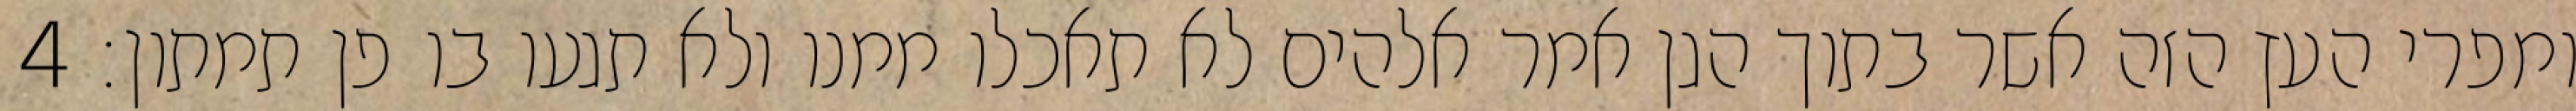
ומפרי העץ הזה אשר בתוך הגן אמר אלהים לא תאכלו ממנו ולא תגעו בו פן תמתון׃ ‎4‏